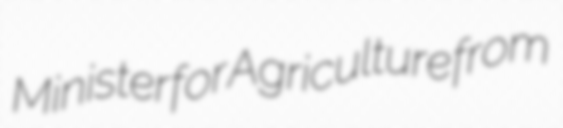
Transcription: Minister for Agriculture from